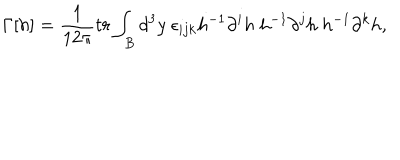
\Gamma [ h ] = \frac { 1 } { 1 2 \pi } t r \int _ { B } d ^ { 3 } y ~ \epsilon _ { i j k } h ^ { - 1 } \partial ^ { i } h ~ h ^ { - 1 } \partial ^ { j } h ~ h ^ { - 1 } \partial ^ { k } h ,